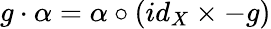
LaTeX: g\cdot\alpha=\alpha\circ(id_{X}\times-g)